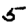
Digit: 5